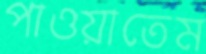
পাওয়াতেম